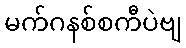
မက်ဂနစ်စကီပဲဗျ